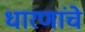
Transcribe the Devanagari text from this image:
धारणांचे